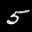
Label: 5